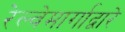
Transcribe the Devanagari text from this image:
रेल्वेमार्गाद्वारे